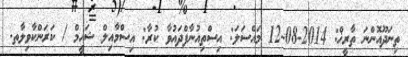
ތިނަދޫއޮންނަ ތާރީޚް: 2014-08-12 މައްސަލަ: އިސްތިއުނާފްދައުވާ ކުރާ: އިސްމާއިލް ޝަހީމް / ކަރަންކާވިލާތ.